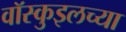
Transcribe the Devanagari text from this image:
वॉस्कुइलच्या